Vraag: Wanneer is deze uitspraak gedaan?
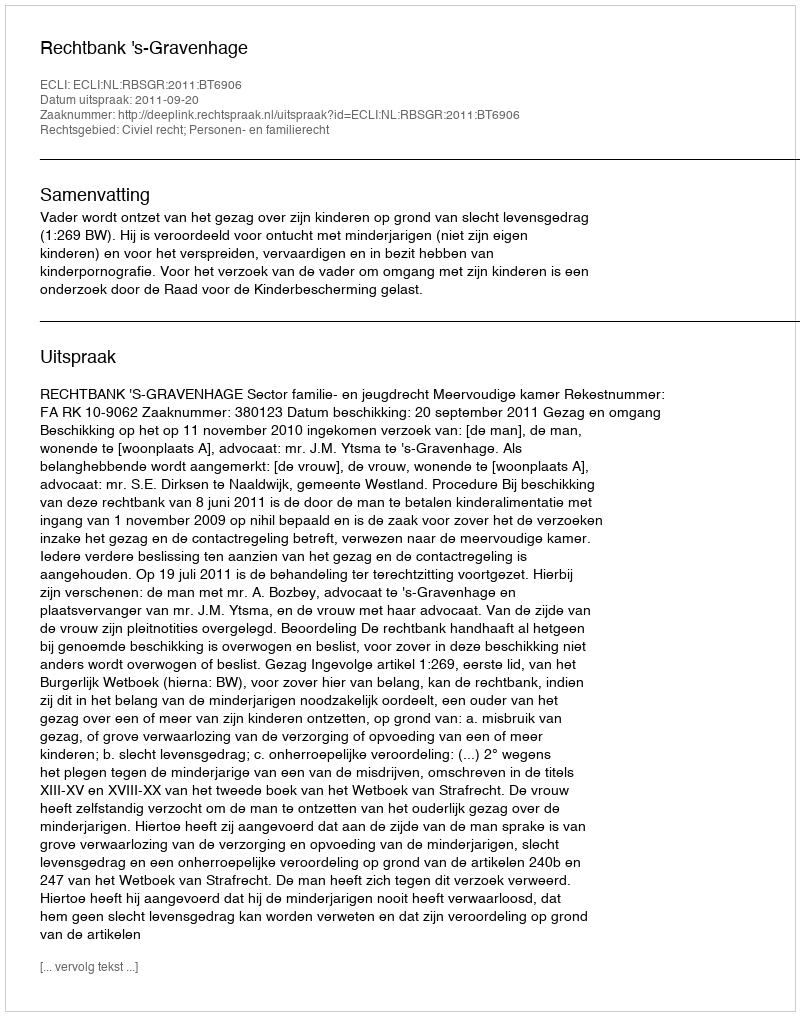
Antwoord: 2011-09-20